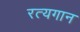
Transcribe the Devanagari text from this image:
रत्यगान